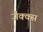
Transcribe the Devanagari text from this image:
जैक्क्स